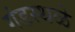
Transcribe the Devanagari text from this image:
गंडस्थळे